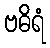
ဗဓိရံ